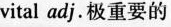
vital adj.极重要的